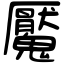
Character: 魘